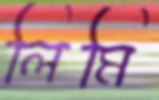
লিমি